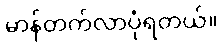
မာန်တက်လာပုံရတယ်။